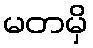
မတမှိ